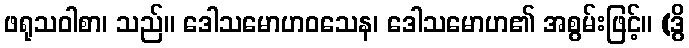
ဖရုသဝါစာ၊ သည်။ ဒေါသမောဟဝသေန၊ ဒေါသမောဟ၏ အစွမ်းဖြင့်။ (ဒွိ